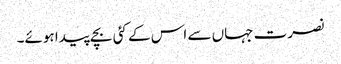
نصرت جہاں سے اس کے کئی بچے پیدا ہوئے۔